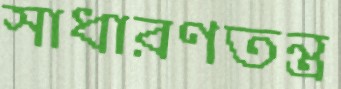
সাধারণতন্ত্র